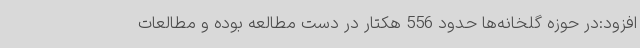
افزود:در حوزه گلخانه‌ها حدود 556 هکتار در دست مطالعه بوده و مطالعات